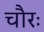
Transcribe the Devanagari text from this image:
चौरः